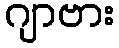
ဂျာဗား